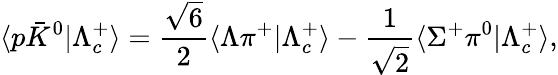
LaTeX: \langle p\bar{K}^{0}|\Lambda_{c}^{+}\rangle={\frac{\sqrt 6}{2}}\langle\Lambda\pi^{+}|\Lambda_{c}^{+}\rangle-{\frac{1}{\sqrt 2}}\langle\Sigma^{+}\pi^{0}|\Lambda_{c}^{+}\rangle,